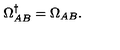
\Omega _ { A B } ^ { \dagger } = \Omega _ { A B } .